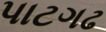
પાટગઢ